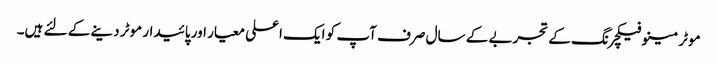
موٹر مینوفیکچرنگ کے تجربے کے سال صرف آپ کو ایک اعلی معیار اور پائیدار موٹر دینے کے لئے ہیں۔